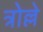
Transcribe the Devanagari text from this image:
त्रोल्ले